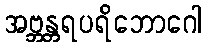
အဗ္ဘန္တရပရိဘောဂေါ